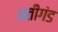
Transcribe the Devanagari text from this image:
अतीगंड